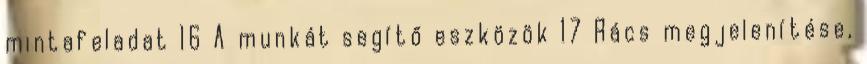
mintafeladat 16 A munkát segítő eszközök 17 Rács megjelenítése,